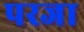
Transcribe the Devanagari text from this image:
परजा